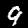
Label: 9